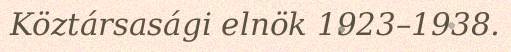
Köztársasági elnök 1923–1938.